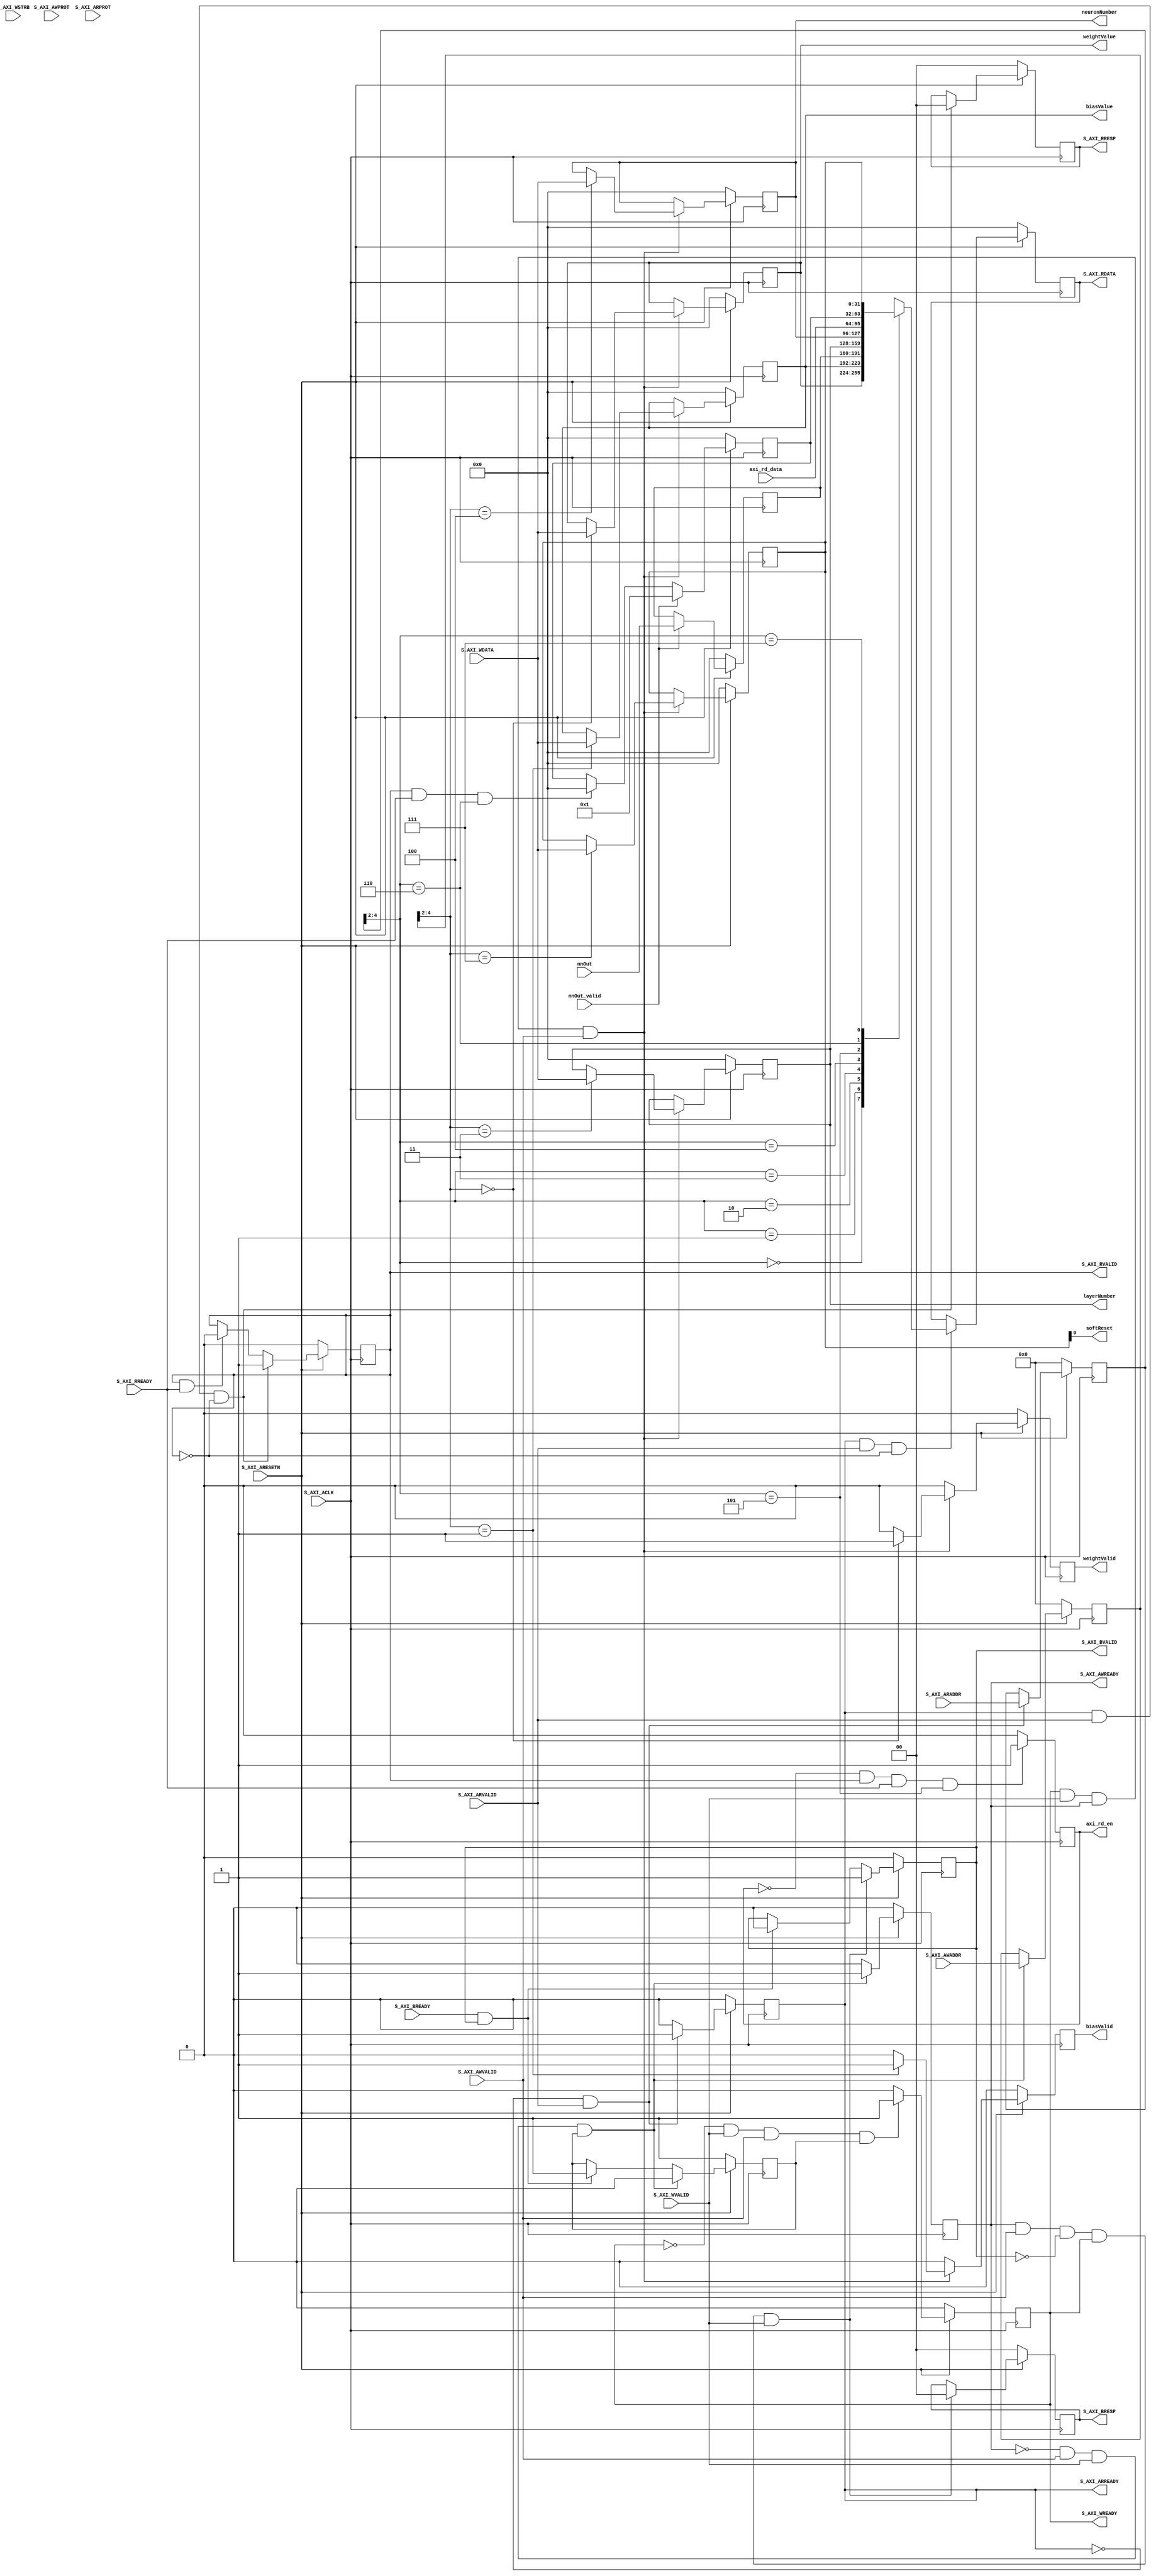

`timescale 1 ns / 1 ps

	module axi_lite_wrapper #
	(
		// Users to add parameters here

		// User parameters ends
		// Do not modify the parameters beyond this line

		// Width of S_AXI data bus
		parameter integer C_S_AXI_DATA_WIDTH	= 32,
		// Width of S_AXI address bus
		parameter integer C_S_AXI_ADDR_WIDTH	= 5
	)
	(
		// Users to add ports here

		// User ports ends
		// Do not modify the ports beyond this line

		// Global Clock Signal
		input wire  S_AXI_ACLK,
		// Global Reset Signal. This Signal is Active LOW
		input wire  S_AXI_ARESETN,
		// Write address (issued by master, acceped by Slave)
		input wire [C_S_AXI_ADDR_WIDTH-1 : 0] S_AXI_AWADDR,
		// Write channel Protection type. This signal indicates the
    		// privilege and security level of the transaction, and whether
    		// the transaction is a data access or an instruction access.
		input wire [2 : 0] S_AXI_AWPROT,
		// Write address valid. This signal indicates that the master signaling
    		// valid write address and control information.
		input wire  S_AXI_AWVALID,
		// Write address ready. This signal indicates that the slave is ready
    		// to accept an address and associated control signals.
		output wire  S_AXI_AWREADY,
		// Write data (issued by master, acceped by Slave) 
		input wire [C_S_AXI_DATA_WIDTH-1 : 0] S_AXI_WDATA,
		// Write strobes. This signal indicates which byte lanes hold
    		// valid data. There is one write strobe bit for each eight
    		// bits of the write data bus.    
		input wire [(C_S_AXI_DATA_WIDTH/8)-1 : 0] S_AXI_WSTRB,
		// Write valid. This signal indicates that valid write
    		// data and strobes are available.
		input wire  S_AXI_WVALID,
		// Write ready. This signal indicates that the slave
    		// can accept the write data.
		output wire  S_AXI_WREADY,
		// Write response. This signal indicates the status
    		// of the write transaction.
		output wire [1 : 0] S_AXI_BRESP,
		// Write response valid. This signal indicates that the channel
    		// is signaling a valid write response.
		output wire  S_AXI_BVALID,
		// Response ready. This signal indicates that the master
    		// can accept a write response.
		input wire  S_AXI_BREADY,
		// Read address (issued by master, acceped by Slave)
		input wire [C_S_AXI_ADDR_WIDTH-1 : 0] S_AXI_ARADDR,
		// Protection type. This signal indicates the privilege
    		// and security level of the transaction, and whether the
    		// transaction is a data access or an instruction access.
		input wire [2 : 0] S_AXI_ARPROT,
		// Read address valid. This signal indicates that the channel
    		// is signaling valid read address and control information.
		input wire  S_AXI_ARVALID,
		// Read address ready. This signal indicates that the slave is
    		// ready to accept an address and associated control signals.
		output wire  S_AXI_ARREADY,
		// Read data (issued by slave)
		output wire [C_S_AXI_DATA_WIDTH-1 : 0] S_AXI_RDATA,
		// Read response. This signal indicates the status of the
    		// read transfer.
		output wire [1 : 0] S_AXI_RRESP,
		// Read valid. This signal indicates that the channel is
    		// signaling the required read data.
		output wire  S_AXI_RVALID,
		// Read ready. This signal indicates that the master can
    		// accept the read data and response information.
		input wire  S_AXI_RREADY,
        ////////////////////////////////////////////////////////
        output wire     [31:0]  layerNumber,
        output wire     [31:0]  neuronNumber,
        output reg              weightValid,
        output reg              biasValid,
        output          [31:0]  weightValue,
        output          [31:0]  biasValue,
        input           [31:0]  nnOut,
        input                   nnOut_valid,
        output reg              axi_rd_en,
        input           [31:0]  axi_rd_data,
        output                  softReset
	);

	// AXI4LITE signals
	reg [C_S_AXI_ADDR_WIDTH-1 : 0] 	axi_awaddr;
	reg  	axi_awready;
	reg  	axi_wready;
	reg [1 : 0] 	axi_bresp;
	reg  	axi_bvalid;
	reg [C_S_AXI_ADDR_WIDTH-1 : 0] 	axi_araddr;
	reg  	axi_arready;
	reg [C_S_AXI_DATA_WIDTH-1 : 0] 	axi_rdata;
	reg [1 : 0] 	axi_rresp;
	reg  	axi_rvalid;

	// Example-specific design signals
	// local parameter for addressing 32 bit / 64 bit C_S_AXI_DATA_WIDTH
	// ADDR_LSB is used for addressing 32/64 bit registers/memories
	// ADDR_LSB = 2 for 32 bits (n downto 2)
	// ADDR_LSB = 3 for 64 bits (n downto 3)
	localparam integer ADDR_LSB = (C_S_AXI_DATA_WIDTH/32) + 1;
	localparam integer OPT_MEM_ADDR_BITS = 2;
	//----------------------------------------------
	//-- Signals for user logic register space example
	//------------------------------------------------
	//-- Number of Slave Registers 8
	reg [C_S_AXI_DATA_WIDTH-1:0]	weightReg;
	reg [C_S_AXI_DATA_WIDTH-1:0]	biasReg;
	reg [C_S_AXI_DATA_WIDTH-1:0]	outputReg;
	reg [C_S_AXI_DATA_WIDTH-1:0]	layerReg;
	reg [C_S_AXI_DATA_WIDTH-1:0]	neuronReg;
	reg [C_S_AXI_DATA_WIDTH-1:0]	statReg;
	reg [C_S_AXI_DATA_WIDTH-1:0]	controlReg;
	reg [C_S_AXI_DATA_WIDTH-1:0]	slv_reg7;
    
	wire	 slv_reg_rden;
	wire	 slv_reg_wren;
	reg [C_S_AXI_DATA_WIDTH-1:0]	 reg_data_out;
	integer	 byte_index;
	reg	 aw_en;

	// I/O Connections assignments

	assign S_AXI_AWREADY	= axi_awready;
	assign S_AXI_WREADY	= axi_wready;
	assign S_AXI_BRESP	= axi_bresp;
	assign S_AXI_BVALID	= axi_bvalid;
	assign S_AXI_ARREADY	= axi_arready;
	assign S_AXI_RDATA	= axi_rdata;
	assign S_AXI_RRESP	= axi_rresp;
	assign S_AXI_RVALID	= axi_rvalid;
	// Implement axi_awready generation
	// axi_awready is asserted for one S_AXI_ACLK clock cycle when both
	// S_AXI_AWVALID and S_AXI_WVALID are asserted. axi_awready is
	// de-asserted when reset is low.
    
    assign layerNumber = layerReg;
    assign neuronNumber = neuronReg;
    assign weightValue = weightReg;
    assign biasValue = biasReg;
    assign softReset = controlReg[0];

	always @( posedge S_AXI_ACLK )
	begin
	  if ( S_AXI_ARESETN == 1'b0 )
	    begin
	      axi_awready <= 1'b0;
	      aw_en <= 1'b1;
	    end 
	  else
	    begin    
	      if (~axi_awready && S_AXI_AWVALID && S_AXI_WVALID && aw_en)
	        begin
	          // slave is ready to accept write address when 
	          // there is a valid write address and write data
	          // on the write address and data bus. This design 
	          // expects no outstanding transactions. 
	          axi_awready <= 1'b1;
	          aw_en <= 1'b0;
	        end
	        else if (S_AXI_BREADY && axi_bvalid)
	            begin
	              aw_en <= 1'b1;
	              axi_awready <= 1'b0;
	            end
	      else           
	        begin
	          axi_awready <= 1'b0;
	        end
	    end 
	end       

	// Implement axi_awaddr latching
	// This process is used to latch the address when both 
	// S_AXI_AWVALID and S_AXI_WVALID are valid. 

	always @( posedge S_AXI_ACLK )
	begin
	  if ( S_AXI_ARESETN == 1'b0 )
	    begin
	      axi_awaddr <= 0;
	    end 
	  else
	    begin    
	      if (~axi_awready && S_AXI_AWVALID && S_AXI_WVALID && aw_en)
	        begin
	          // Write Address latching 
	          axi_awaddr <= S_AXI_AWADDR;
	        end
	    end 
	end       

	// Implement axi_wready generation
	// axi_wready is asserted for one S_AXI_ACLK clock cycle when both
	// S_AXI_AWVALID and S_AXI_WVALID are asserted. axi_wready is 
	// de-asserted when reset is low. 

	always @( posedge S_AXI_ACLK )
	begin
	  if ( S_AXI_ARESETN == 1'b0 )
	    begin
	      axi_wready <= 1'b0;
	    end 
	  else
	    begin    
	      if (~axi_wready && S_AXI_WVALID && S_AXI_AWVALID && aw_en )
	        begin
	          // slave is ready to accept write data when 
	          // there is a valid write address and write data
	          // on the write address and data bus. This design 
	          // expects no outstanding transactions. 
	          axi_wready <= 1'b1;
	        end
	      else
	        begin
	          axi_wready <= 1'b0;
	        end
	    end 
	end       

	// Implement memory mapped register select and write logic generation
	// The write data is accepted and written to memory mapped registers when
	// axi_awready, S_AXI_WVALID, axi_wready and S_AXI_WVALID are asserted. Write strobes are used to
	// select byte enables of slave registers while writing.
	// These registers are cleared when reset (active low) is applied.
	// Slave register write enable is asserted when valid address and data are available
	// and the slave is ready to accept the write address and write data.
	assign slv_reg_wren = axi_wready && S_AXI_WVALID && axi_awready && S_AXI_AWVALID;

	always @( posedge S_AXI_ACLK )
	begin
	if ( S_AXI_ARESETN == 1'b0 )
		begin
		weightReg <= 0;
		biasReg <= 0;
		layerReg <= 0;
		neuronReg <= 0;
		slv_reg7 <= 0;
		weightValid <= 1'b0;
		biasValid <= 1'b0;
		controlReg <= 0;
		end 
	else begin
		weightValid <= 1'b0;
		biasValid <= 1'b0;
		if (slv_reg_wren)
		begin
			case ( axi_awaddr[ADDR_LSB+OPT_MEM_ADDR_BITS:ADDR_LSB] )
			3'h0:begin
					weightReg <= S_AXI_WDATA;
					weightValid <= 1'b1;
			end
			3'h1:begin
					biasReg <= S_AXI_WDATA; 
					biasValid <= 1'b1;
			end
			3'h3:
					layerReg <= S_AXI_WDATA;
			3'h4:
					neuronReg <= S_AXI_WDATA;
			3'h7:
					controlReg <= S_AXI_WDATA;
			endcase
		end
	end
	end    
    
    always @(posedge S_AXI_ACLK)
    begin
        if ( S_AXI_ARESETN == 1'b0 )
            outputReg <= 0;
        else if(nnOut_valid)
            outputReg <= nnOut;
    end

	// Implement write response logic generation
	// The write response and response valid signals are asserted by the slave 
	// when axi_wready, S_AXI_WVALID, axi_wready and S_AXI_WVALID are asserted.  
	// This marks the acceptance of address and indicates the status of 
	// write transaction.

	always @( posedge S_AXI_ACLK )
	begin
	  if ( S_AXI_ARESETN == 1'b0 )
	    begin
	      axi_bvalid  <= 0;
	      axi_bresp   <= 2'b0;
	    end 
	  else
	    begin    
	      if (axi_awready && S_AXI_AWVALID && ~axi_bvalid && axi_wready && S_AXI_WVALID)
	        begin
	          // indicates a valid write response is available
	          axi_bvalid <= 1'b1;
	          axi_bresp  <= 2'b0; // 'OKAY' response 
	        end                   // work error responses in future
	      else
	        begin
	          if (S_AXI_BREADY && axi_bvalid) 
	            //check if bready is asserted while bvalid is high) 
	            //(there is a possibility that bready is always asserted high)   
	            begin
	              axi_bvalid <= 1'b0; 
	            end  
	        end
	    end
	end   

	// Implement axi_arready generation
	// axi_arready is asserted for one S_AXI_ACLK clock cycle when
	// S_AXI_ARVALID is asserted. axi_awready is 
	// de-asserted when reset (active low) is asserted. 
	// The read address is also latched when S_AXI_ARVALID is 
	// asserted. axi_araddr is reset to zero on reset assertion.

	always @( posedge S_AXI_ACLK )
	begin
	  if ( S_AXI_ARESETN == 1'b0 )
	    begin
	      axi_arready <= 1'b0;
	      axi_araddr  <= 32'b0;
	    end 
	  else
	    begin    
	      if (~axi_arready && S_AXI_ARVALID)
	        begin
	          // indicates that the slave has acceped the valid read address
	          axi_arready <= 1'b1;
	          // Read address latching
	          axi_araddr  <= S_AXI_ARADDR;
	        end
	      else
	        begin
	          axi_arready <= 1'b0;
	        end
	    end 
	end       

	// Implement axi_arvalid generation
	// axi_rvalid is asserted for one S_AXI_ACLK clock cycle when both 
	// S_AXI_ARVALID and axi_arready are asserted. The slave registers 
	// data are available on the axi_rdata bus at this instance. The 
	// assertion of axi_rvalid marks the validity of read data on the 
	// bus and axi_rresp indicates the status of read transaction.axi_rvalid 
	// is deasserted on reset (active low). axi_rresp and axi_rdata are 
	// cleared to zero on reset (active low).  
	always @( posedge S_AXI_ACLK )
	begin
	  if ( S_AXI_ARESETN == 1'b0 )
	    begin
	      axi_rvalid <= 0;
	      axi_rresp  <= 0;
	    end 
	  else
	    begin    
	      if (axi_arready && S_AXI_ARVALID && ~axi_rvalid)
	        begin
	          // Valid read data is available at the read data bus
	          axi_rvalid <= 1'b1;
	          axi_rresp  <= 2'b0; // 'OKAY' response
	        end   
	      else if (axi_rvalid && S_AXI_RREADY)
	        begin
	          // Read data is accepted by the master
	          axi_rvalid <= 1'b0;
	        end                
	    end
	end    

	// Implement memory mapped register select and read logic generation
	// Slave register read enable is asserted when valid address is available
	// and the slave is ready to accept the read address.
	assign slv_reg_rden = axi_arready & S_AXI_ARVALID & ~axi_rvalid;
	always @(*)
	begin
	      // Address decoding for reading registers
	      case ( axi_araddr[ADDR_LSB+OPT_MEM_ADDR_BITS:ADDR_LSB] )
	        3'h0   : reg_data_out <= weightReg;
	        3'h1   : reg_data_out <= biasReg;
	        3'h2   : reg_data_out <= outputReg;
	        3'h3   : reg_data_out <= layerReg;
	        3'h4   : reg_data_out <= neuronReg;
	        3'h5   : reg_data_out <= axi_rd_data;
	        3'h6   : reg_data_out <= statReg;
	        3'h7   : reg_data_out <= controlReg;
	        default : reg_data_out <= 0;
	      endcase
	end
	
	
	always @(posedge S_AXI_ACLK)
	begin
	   if ( S_AXI_ARESETN == 1'b0 )
           statReg <= 1'b0;
	   else if(nnOut_valid)
	       statReg <= 1'b1;
	   else if(axi_rvalid & S_AXI_RREADY & axi_araddr[ADDR_LSB+OPT_MEM_ADDR_BITS:ADDR_LSB]==3'h6)//read clear status reg
	       statReg <= 1'b0;
	end
	
	always @(posedge S_AXI_ACLK)
    begin
       if(!axi_rd_en & axi_rvalid & S_AXI_RREADY & axi_araddr[ADDR_LSB+OPT_MEM_ADDR_BITS:ADDR_LSB]==3'h5)
       begin
           axi_rd_en <= 1'b1;
       end
       else
           axi_rd_en <= 1'b0;
    end

	// Output register or memory read data
	always @( posedge S_AXI_ACLK )
	begin
	  if ( S_AXI_ARESETN == 1'b0 )
	    begin
	      axi_rdata  <= 0;
	    end 
	  else
	    begin    
	      // When there is a valid read address (S_AXI_ARVALID) with 
	      // acceptance of read address by the slave (axi_arready), 
	      // output the read dada 
	      if (slv_reg_rden)
	        begin
	          axi_rdata <= reg_data_out;     // register read data
	        end   
	    end
	end    

	// Add user logic here

	// User logic ends

	endmodule